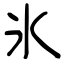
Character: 氷